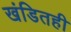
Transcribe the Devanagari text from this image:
खंडितही